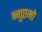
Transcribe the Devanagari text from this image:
न्गुएमो